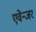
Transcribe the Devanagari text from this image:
एवेन्जर